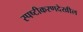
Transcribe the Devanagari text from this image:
स्पष्टीकरणदेखील